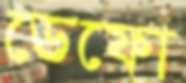
ডেফো